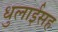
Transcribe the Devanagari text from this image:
धुलाईसह